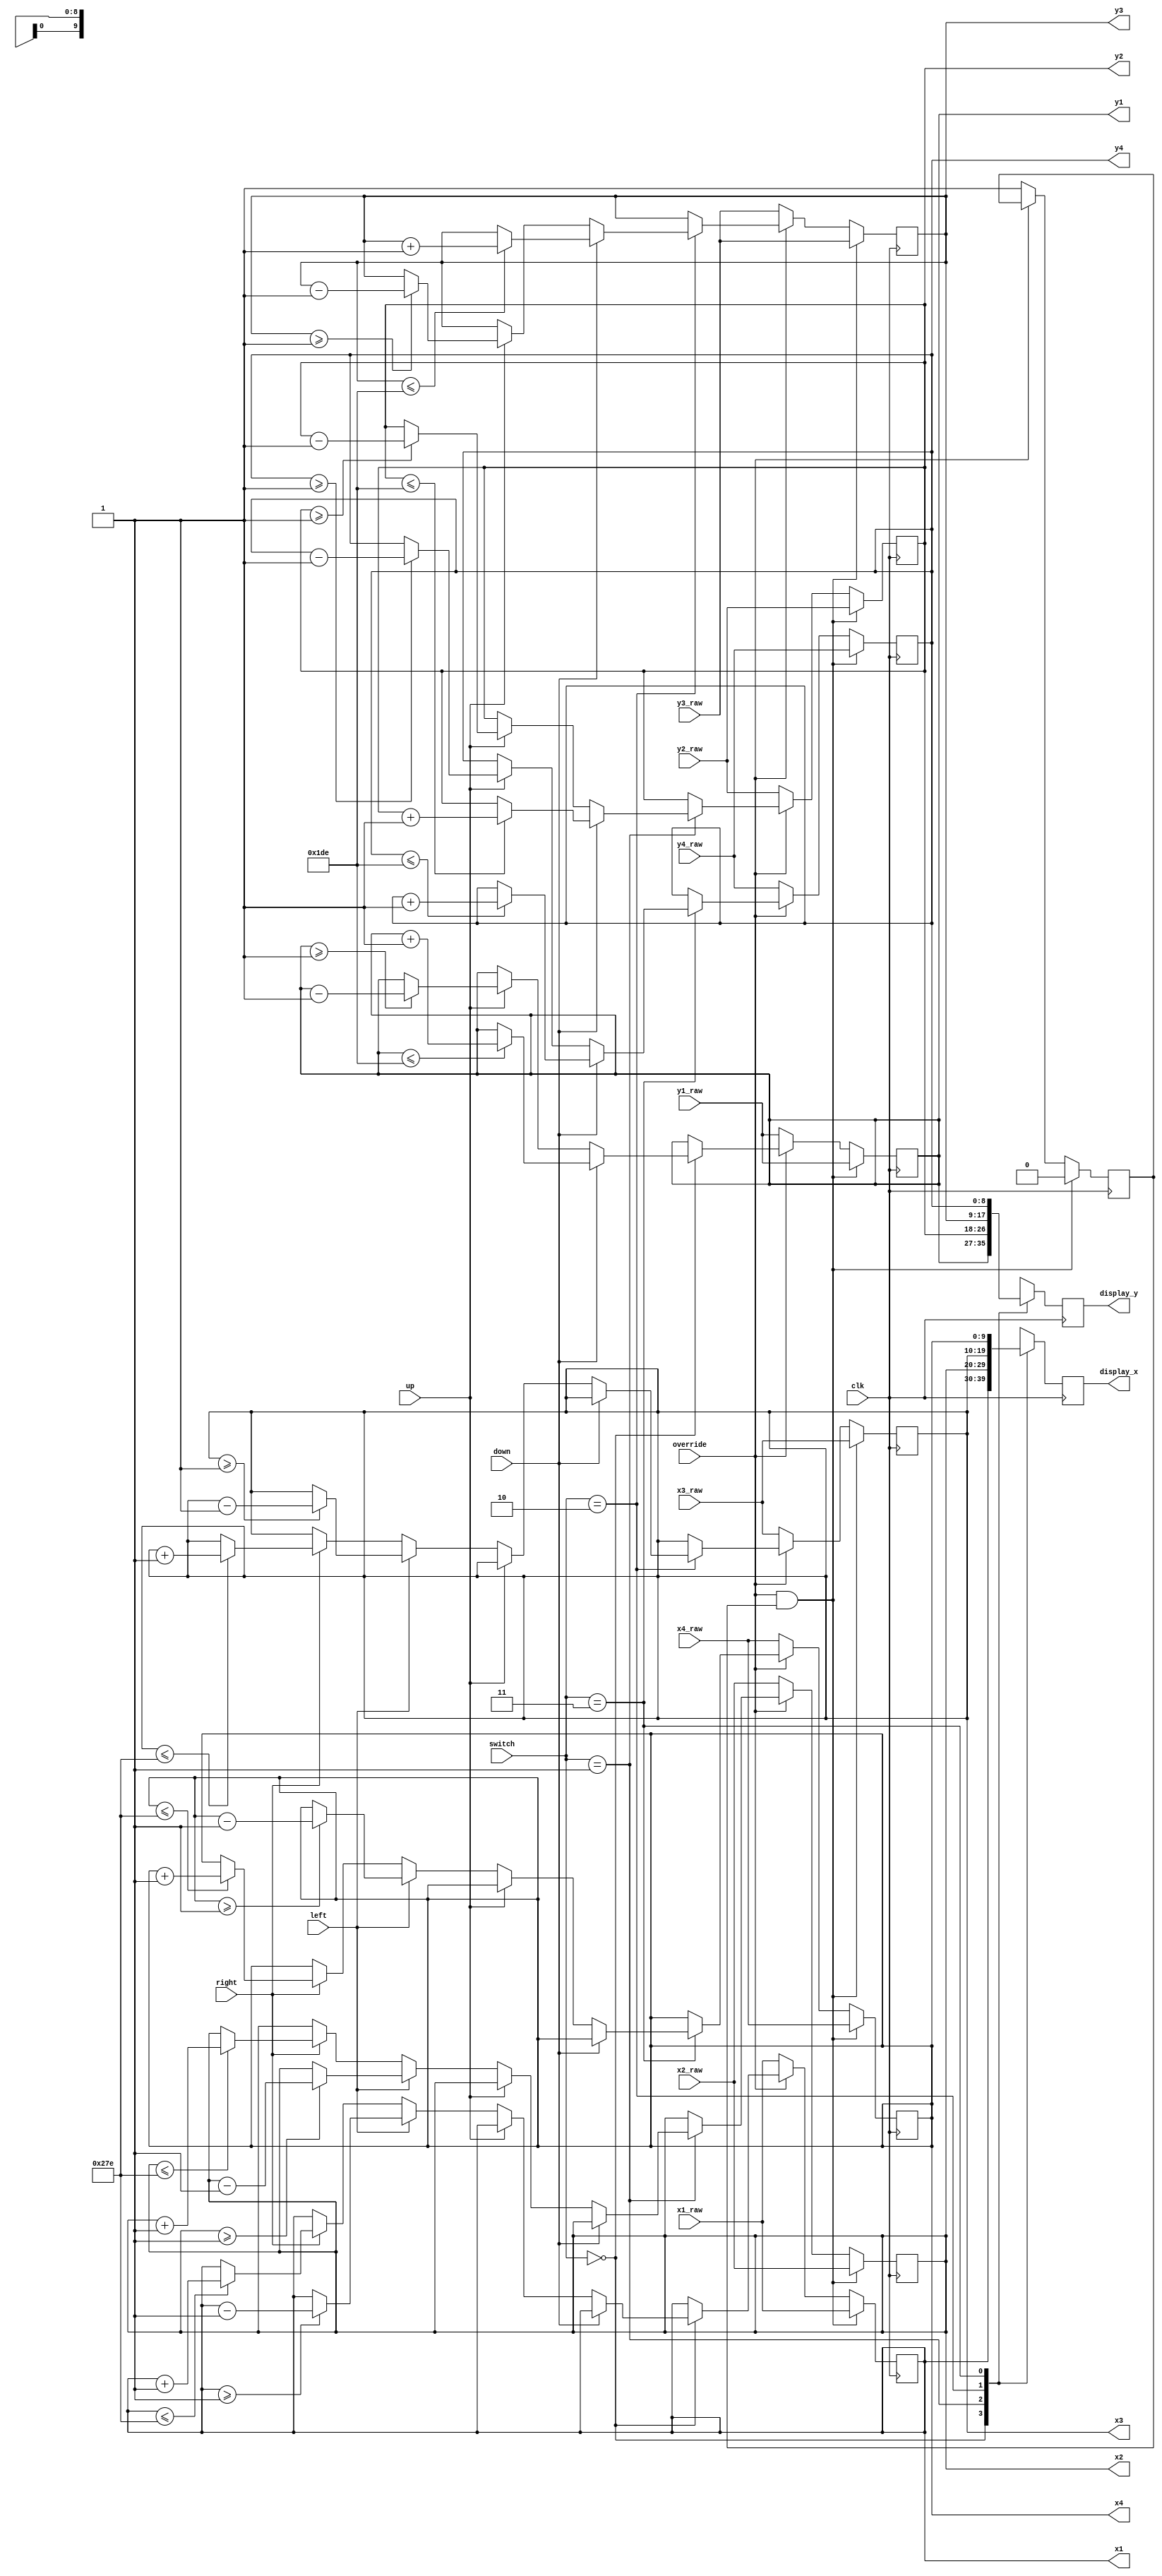
module move_cursor(input clk,
                input up,
                input down,
                input left,
                input right,
                input override,
                input[1:0] switch,
                input[9:0] x1_raw,
                input[8:0] y1_raw,
                input[9:0] x2_raw,
                input[8:0] y2_raw,
                input[9:0] x3_raw,
                input[8:0] y3_raw,
                input[9:0] x4_raw,
                input[8:0] y4_raw,
                output reg[9:0] x1,
                output reg[8:0] y1,
                output reg[9:0] x2,
                output reg[8:0] y2,
                output reg[9:0] x3,
                output reg[8:0] y3,
                output reg[9:0] x4,
                output reg[8:0] y4,
                output reg[9:0] display_x,
                output reg[8:0] display_y);
parameter OVERRIDE = 1'b0;
parameter XSPEED = 1'd1;
parameter YSPEED = 1'd1;
parameter SCR_WIDTH = 10'd639;
parameter SCR_HEIGHT = 9'd479;
reg cur_state = ~OVERRIDE;
always @(posedge clk) begin
    case (switch)
        2'b00: begin
            display_x <= x1;
            display_y <= y1;
        end
        2'b01: begin
            display_x <= x2;
            display_y <= y2;
        end
        2'b10: begin
            display_x <= x3;
            display_y <= y3;
        end
        2'b11: begin
            display_x <= x4;
            display_y <= y4;
        end
    endcase
end
always @(posedge clk) begin
    if (override && !(cur_state == OVERRIDE)) begin
        cur_state <= OVERRIDE;
        x1 <= x1_raw;
        y1 <= y1_raw;
        x2 <= x2_raw;
        y2 <= y2_raw;
        x3 <= x3_raw;
        y3 <= y3_raw;
        x4 <= x4_raw;
        y4 <= y4_raw;
    end
    else if (override) begin
        case (switch)
            2'b00: begin
                if (down) begin
                    y1 <= (y1 <= SCR_HEIGHT-YSPEED) ? (y1 + YSPEED) : y1;
                end
                else if (up) begin
                    y1 <= (y1 >= YSPEED) ? (y1 - YSPEED) : y1;
                end
                else if (left) begin
                    x1 <= (x1 >= XSPEED) ? (x1 - XSPEED) : x1;
                end
                else if (right) begin
                    x1 <= (x1 <= SCR_WIDTH-XSPEED) ? (x1 + XSPEED) : x1;
                end
            end
            2'b01: begin
                if (down) begin
                    y2 <= (y2 <= SCR_HEIGHT-YSPEED) ? (y2 + YSPEED) : y2;
                end
                else if (up) begin
                    y2 <= (y2 >= YSPEED) ? (y2 - YSPEED) : y2;
                end
                else if (left) begin
                    x2 <= (x2 >= XSPEED) ? (x2 - XSPEED) : x2;
                end
                else if (right) begin
                    x2 <= (x2 <= SCR_WIDTH-XSPEED) ? (x2 + XSPEED) : x2;
                end
            end
            2'b10: begin
                if (down) begin
                    y3 <= (y3 <= SCR_HEIGHT-YSPEED) ? (y3 + YSPEED) : y3;
                end
                else if (up) begin
                    y3 <= (y3 >= YSPEED) ? (y3 - YSPEED) : y3;
                end
                else if (left) begin
                    x3 <= (x3 >= XSPEED) ? (x3 - XSPEED) : x3;
                end
                else if (right) begin
                    x3 <= (x3 <= SCR_WIDTH-XSPEED) ? (x3 + XSPEED) : x3;
                end
            end
            2'b11: begin
                if (down) begin
                    y4 <= (y4 <= SCR_HEIGHT-YSPEED) ? (y4 + YSPEED) : y4;
                end
                else if (up) begin
                    y4 <= (y4 >= YSPEED) ? (y4 - YSPEED) : y4;
                end
                else if (left) begin
                    x4 <= (x4 >= XSPEED) ? (x4 - XSPEED) : x4;
                end
                else if (right) begin
                    x4 <= (x4 <= SCR_WIDTH-XSPEED) ? (x4 + XSPEED) : x4;
                end
            end
        endcase
    end
    else begin
        x1 <= x1_raw;
        y1 <= y1_raw;
        x2 <= x2_raw;
        y2 <= y2_raw;
        x3 <= x3_raw;
        y3 <= y3_raw;
        x4 <= x4_raw;
        y4 <= y4_raw;
        cur_state <= ~OVERRIDE;
    end
end
endmodule